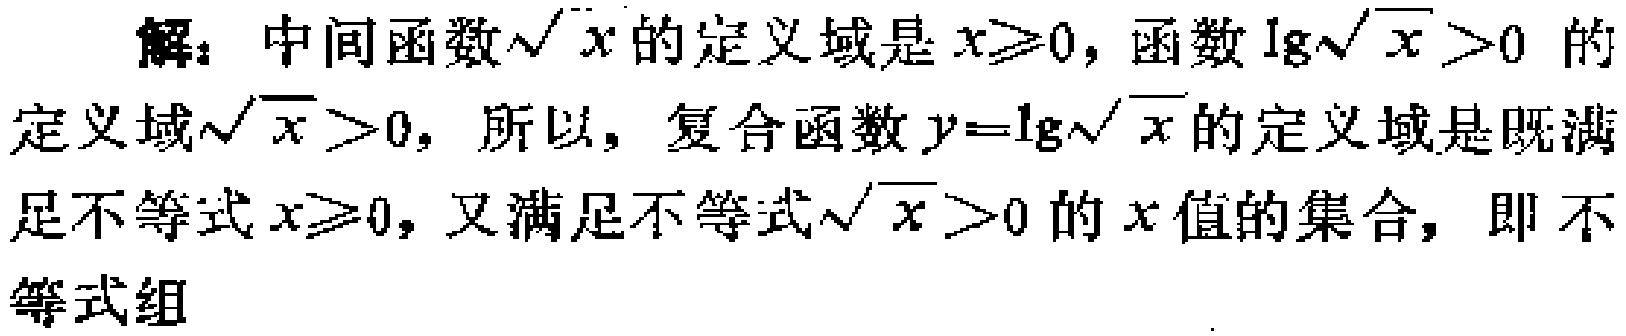
解：中间函数\(\sqrt{x}\)的定义域是\(x\geqslant0\)，函数\(\lg\sqrt{x}>0\)的定义域\(\sqrt{x}>0\)，所以，复合函数\(y = \lg\sqrt{x}\)的定义域是既满足不等式\(x\geqslant0\)，又满足不等式\(\sqrt{x}>0\)的\(x\)值的集合，即不等式组